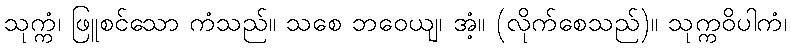
သုက္ကံ၊ ဖြူစင်သော ကံသည်။ သစေ ဘဝေယျ၊ အံ့။ (လိုက်စေသည်)။ သုက္ကဝိပါကံ၊